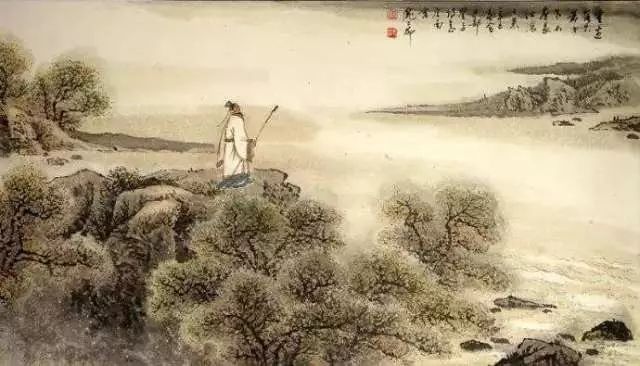
落木千山天远大，澄江一道月分明。